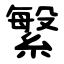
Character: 䌓